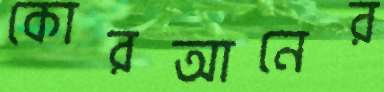
কোরআনের